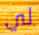
لي